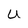
Character: U